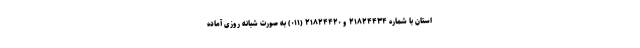
استان با شماره ۲۱۸۲۴۴۳۴ و ۲۱۸۲۴۴۲۰ (۰۱۱) به صورت شبانه روزی آماده